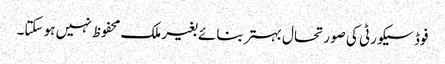
فوڈ سیکورٹی کی صورتحال بہتر بنائے بغیر ملک محفوظ نہیں ہو سکتا۔